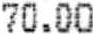
70.00